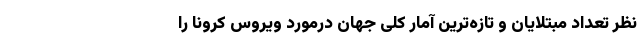
نظر تعداد مبتلایان و تازه‌ترین آمار کلی جهان درمورد ویروس کرونا را